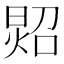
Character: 㷖